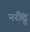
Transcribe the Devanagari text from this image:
नरींद्रु